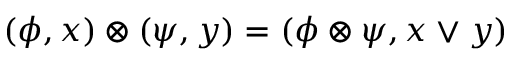
( \phi , x ) \otimes ( \psi , y ) = ( \phi \otimes \psi , x \vee y ) ~ ~ ~